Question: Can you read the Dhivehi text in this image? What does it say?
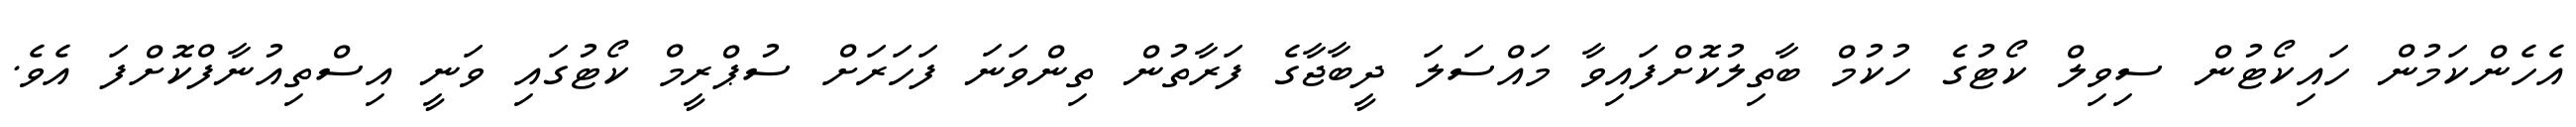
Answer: އެހެންކަމުން ހައިކޯޓުން ސިވިލް ކޯޓުގެ ހުކުމް ބާތިލުކޮށްފައިވާ މައްސަލަ ދީބާޖާގެ ފަރާތުން ތިންވަނަ ފަހަރަށް ސުޕްރީމް ކޯޓުގައި ވަނީ އިސްތިއުނާފްކޮށްފަ އެވެ.